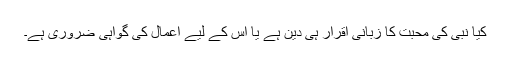
کیا نبیؐ کی محبت کا زبانی اقرار ہی دین ہے یا اس کے لیے اعمال کی گواہی ضروری ہے۔